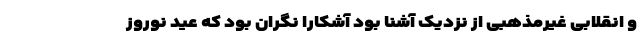
و انقلابی غیر‌مذهبی از نزدیک آشنا بود آشکارا نگران بود که عید نوروز